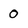
Character: 0